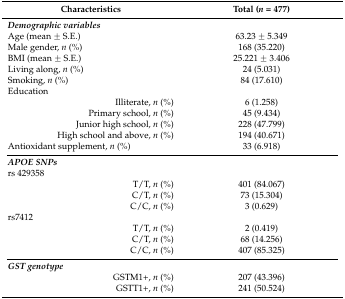
| Characteristics | Total (n = 477) |
 | --- | --- |
 | Demographic variables |  |
 | Age (mean ± S.E.) | 63.23 ± 5.349 |
 | Male gender, n (%) | 168 (35.220) |
 | BMI (mean ± S.E.) | 25.221 ± 3.406 |
 | Living along, n (%) | 24 (5.031) |
 | Smoking, n (%) | 84 (17.610) |
 | Education |  |
 | Illiterate, n (%) | 6 (1.258) |
 | Primary school, n (%) | 45 (9.434) |
 | Junior high school, n (%) | 228 (47.799) |
 | High school and above, n (%) | 194 (40.671) |
 | Antioxidant supplement, n (%) | 33 (6.918) |
 | APOE SNPs |  |
 | rs 429358 |  |
 | T/T, n (%) | 401 (84.067) |
 | C/T, n (%) | 73 (15.304) |
 | C/C, n (%) | 3 (0.629) |
 | rs7412 |  |
 | T/T, n (%) | 2 (0.419) |
 | C/T, n (%) | 68 (14.256) |
 | C/C, n (%) | 407 (85.325) |
 | GST genotype |  |
 | GSTM1+, n (%) | 207 (43.396) |
 | GSTT1+, n (%) | 241 (50.524) |